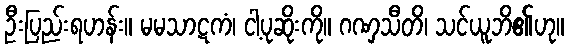
ဦးပြည်းရဟန်း။ မမသာဋကံ၊ ငါ့ပုဆိုးကို။ ဂဏှသီတိ၊ သင်ယူဘိ၏ဟု။